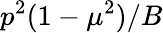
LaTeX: p^{2}(1-\mu^{2})/B